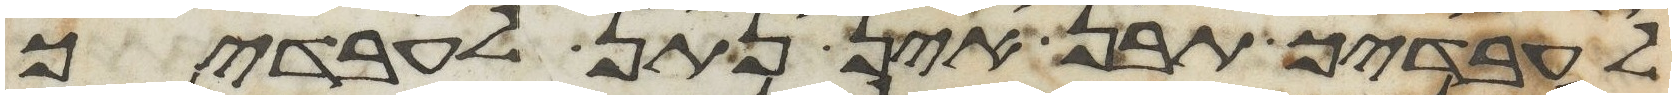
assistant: לעבדיך תבן אין נתן לעבדיך